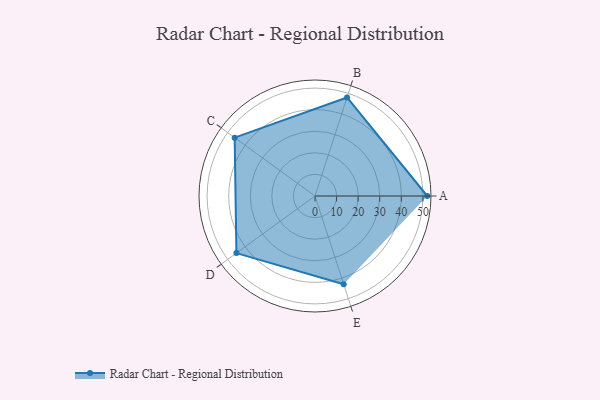
{"axis": {"x": "Skill", "y": "Score"}, "legend": ["Profile"], "data": [{"x": "A", "y": 52.0, "type": "Profile"}, {"x": "B", "y": 48.0, "type": "Profile"}, {"x": "C", "y": 46.0, "type": "Profile"}, {"x": "D", "y": 45.0, "type": "Profile"}, {"x": "E", "y": 43.0, "type": "Profile"}]}